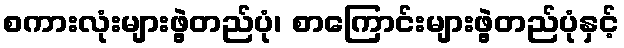
စကားလုံးများဖွဲ့တည်ပုံ၊ စာကြောင်းများဖွဲ့တည်ပုံနှင့်